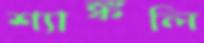
শ্যাঙ্কলি